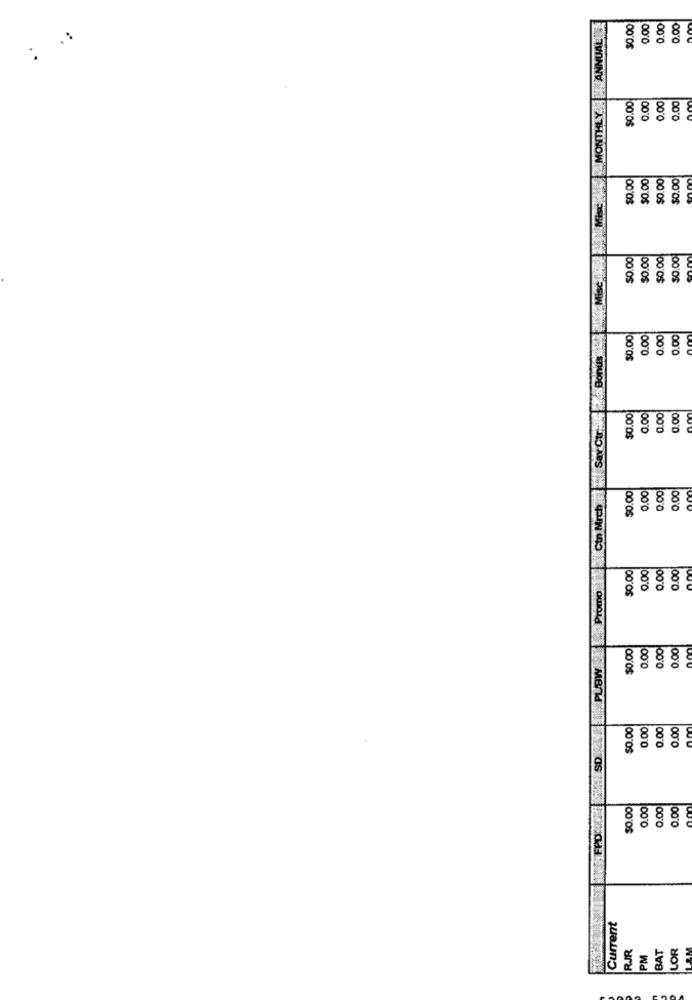
$0.00
0.00
0.00
0.00
. :
MONTHLY
$0.00
0.00
0.00
0.00
$0.00
$0.00
$0.00
$0.00
$0.00
$0.00
$0.00
$0.00
$0.00
0.00
0.00
0.00
Sav Cur AVC
$0.00
0.00
3.00
$0.00
0.00
0.00
0.00
Ctn Mrch
$0.00
0.00
0.00
0.00
Promo
PUBW
$0.00
0.00
0.00
0.00
$0.00
0.00
0.00
0.00
SD
$0.00
0.00
0.00
0.00
Current
LOR
RJR
PM
BAT